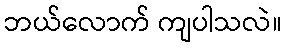
ဘယ်လောက် ကျပါသလဲ။